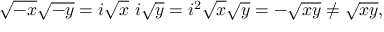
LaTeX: { \sqrt { - x } } { \sqrt { - y } } = i { \sqrt { x } } \ i { \sqrt { y } } = i ^ { 2 } { \sqrt { x } } { \sqrt { y } } = - { \sqrt { x y } } \neq { \sqrt { x y } } ,